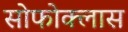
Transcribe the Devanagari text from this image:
सोफोक्लास